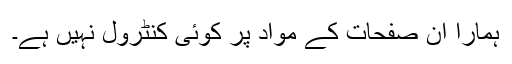
ہمارا ان صفحات کے مواد پر کوئی کنٹرول نہیں ہے۔